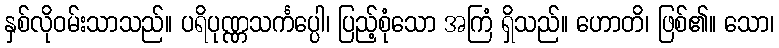
နှစ်လိုဝမ်းသာသည်။ ပရိပုဏ္ဏသင်္ကပ္ပေါ၊ ပြည့်စုံသော အကြံ ရှိသည်။ ဟောတိ၊ ဖြစ်၏။ သော၊